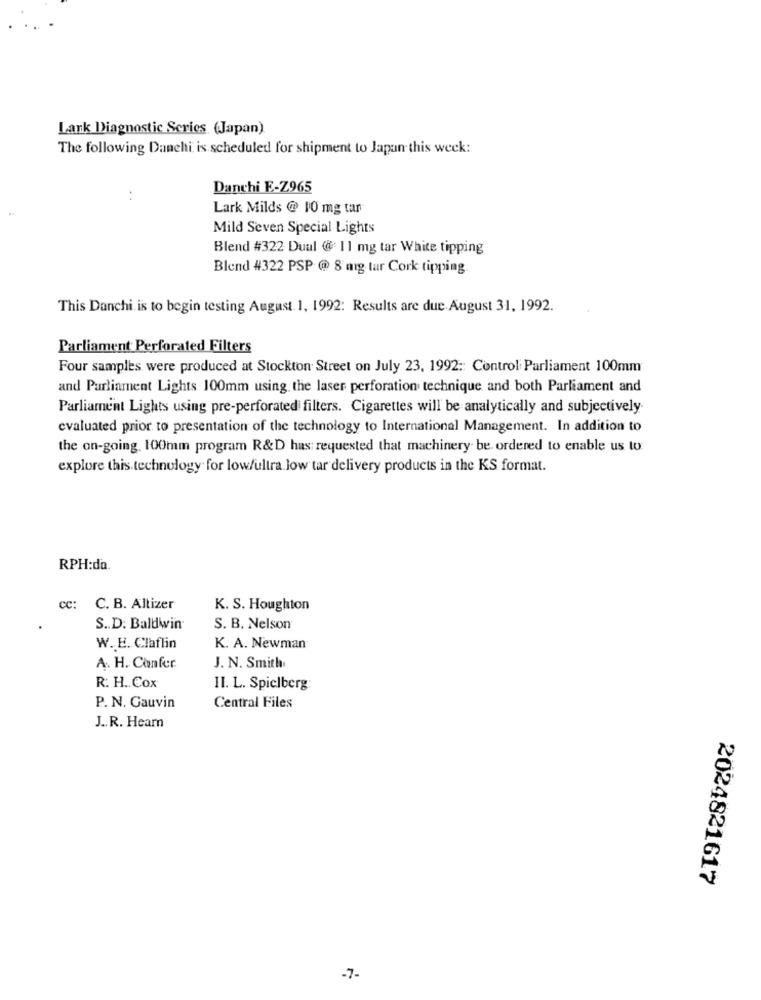
Lank Diagnostic Series (Japan)
The following Danelti is scheduled for shipment to Japan this week:
Danchi E-Z965
Lark Milds @ 10 mg tar
Mild Seven Special Lights
Blend #322 Duul @ 11 mg tar White tipping
Blend #322 PSP @ 8 mig tar Cork tipping
This Danchi is to begin testing August 1, 1992: Results are due August 31, 1992.
Parliament Perforated Filters
Four samples were produced at Stockton Street on July 23, 1992 :: Control Parliament 100mm
and Parliament Lights 100mm using the laser perforation technique and both Parliament and
Parliament Lights using pre-perforated filters. Cigarettes will be analytically and subjectively.
evaluated prior to presentation of the technology to International Management. In addition to
the on-going. 100mm program R&D has requested that machinery be ordered to enable us to
explore this technology for low/ultra.low tar delivery products in the KS format.
RPH:da.
cc:
C. B. Altizer
K. S. Houghton
S.D. Baldwin
S. B. Nelson
W. E. Claflin
K. A. Newman
A. H. Confer
J. N. Smith
R: H. Cox
II. L. Spielberg
P. N. Gauvin
Central Files
J .. R. Hearn
2024821617
7-